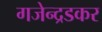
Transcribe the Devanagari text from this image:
गजेन्द्रडकर